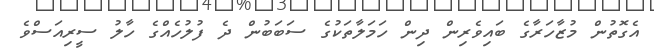
އެގޮތުން މުޒާހަރާގެ ބައިވެރިން ދިން ހަމަލާތަކުގެ ސަބަބުން ދެ ފުލުހެއްގެ ހާލު ސީރިއަސްވެ